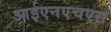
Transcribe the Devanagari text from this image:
आईएनएचएस